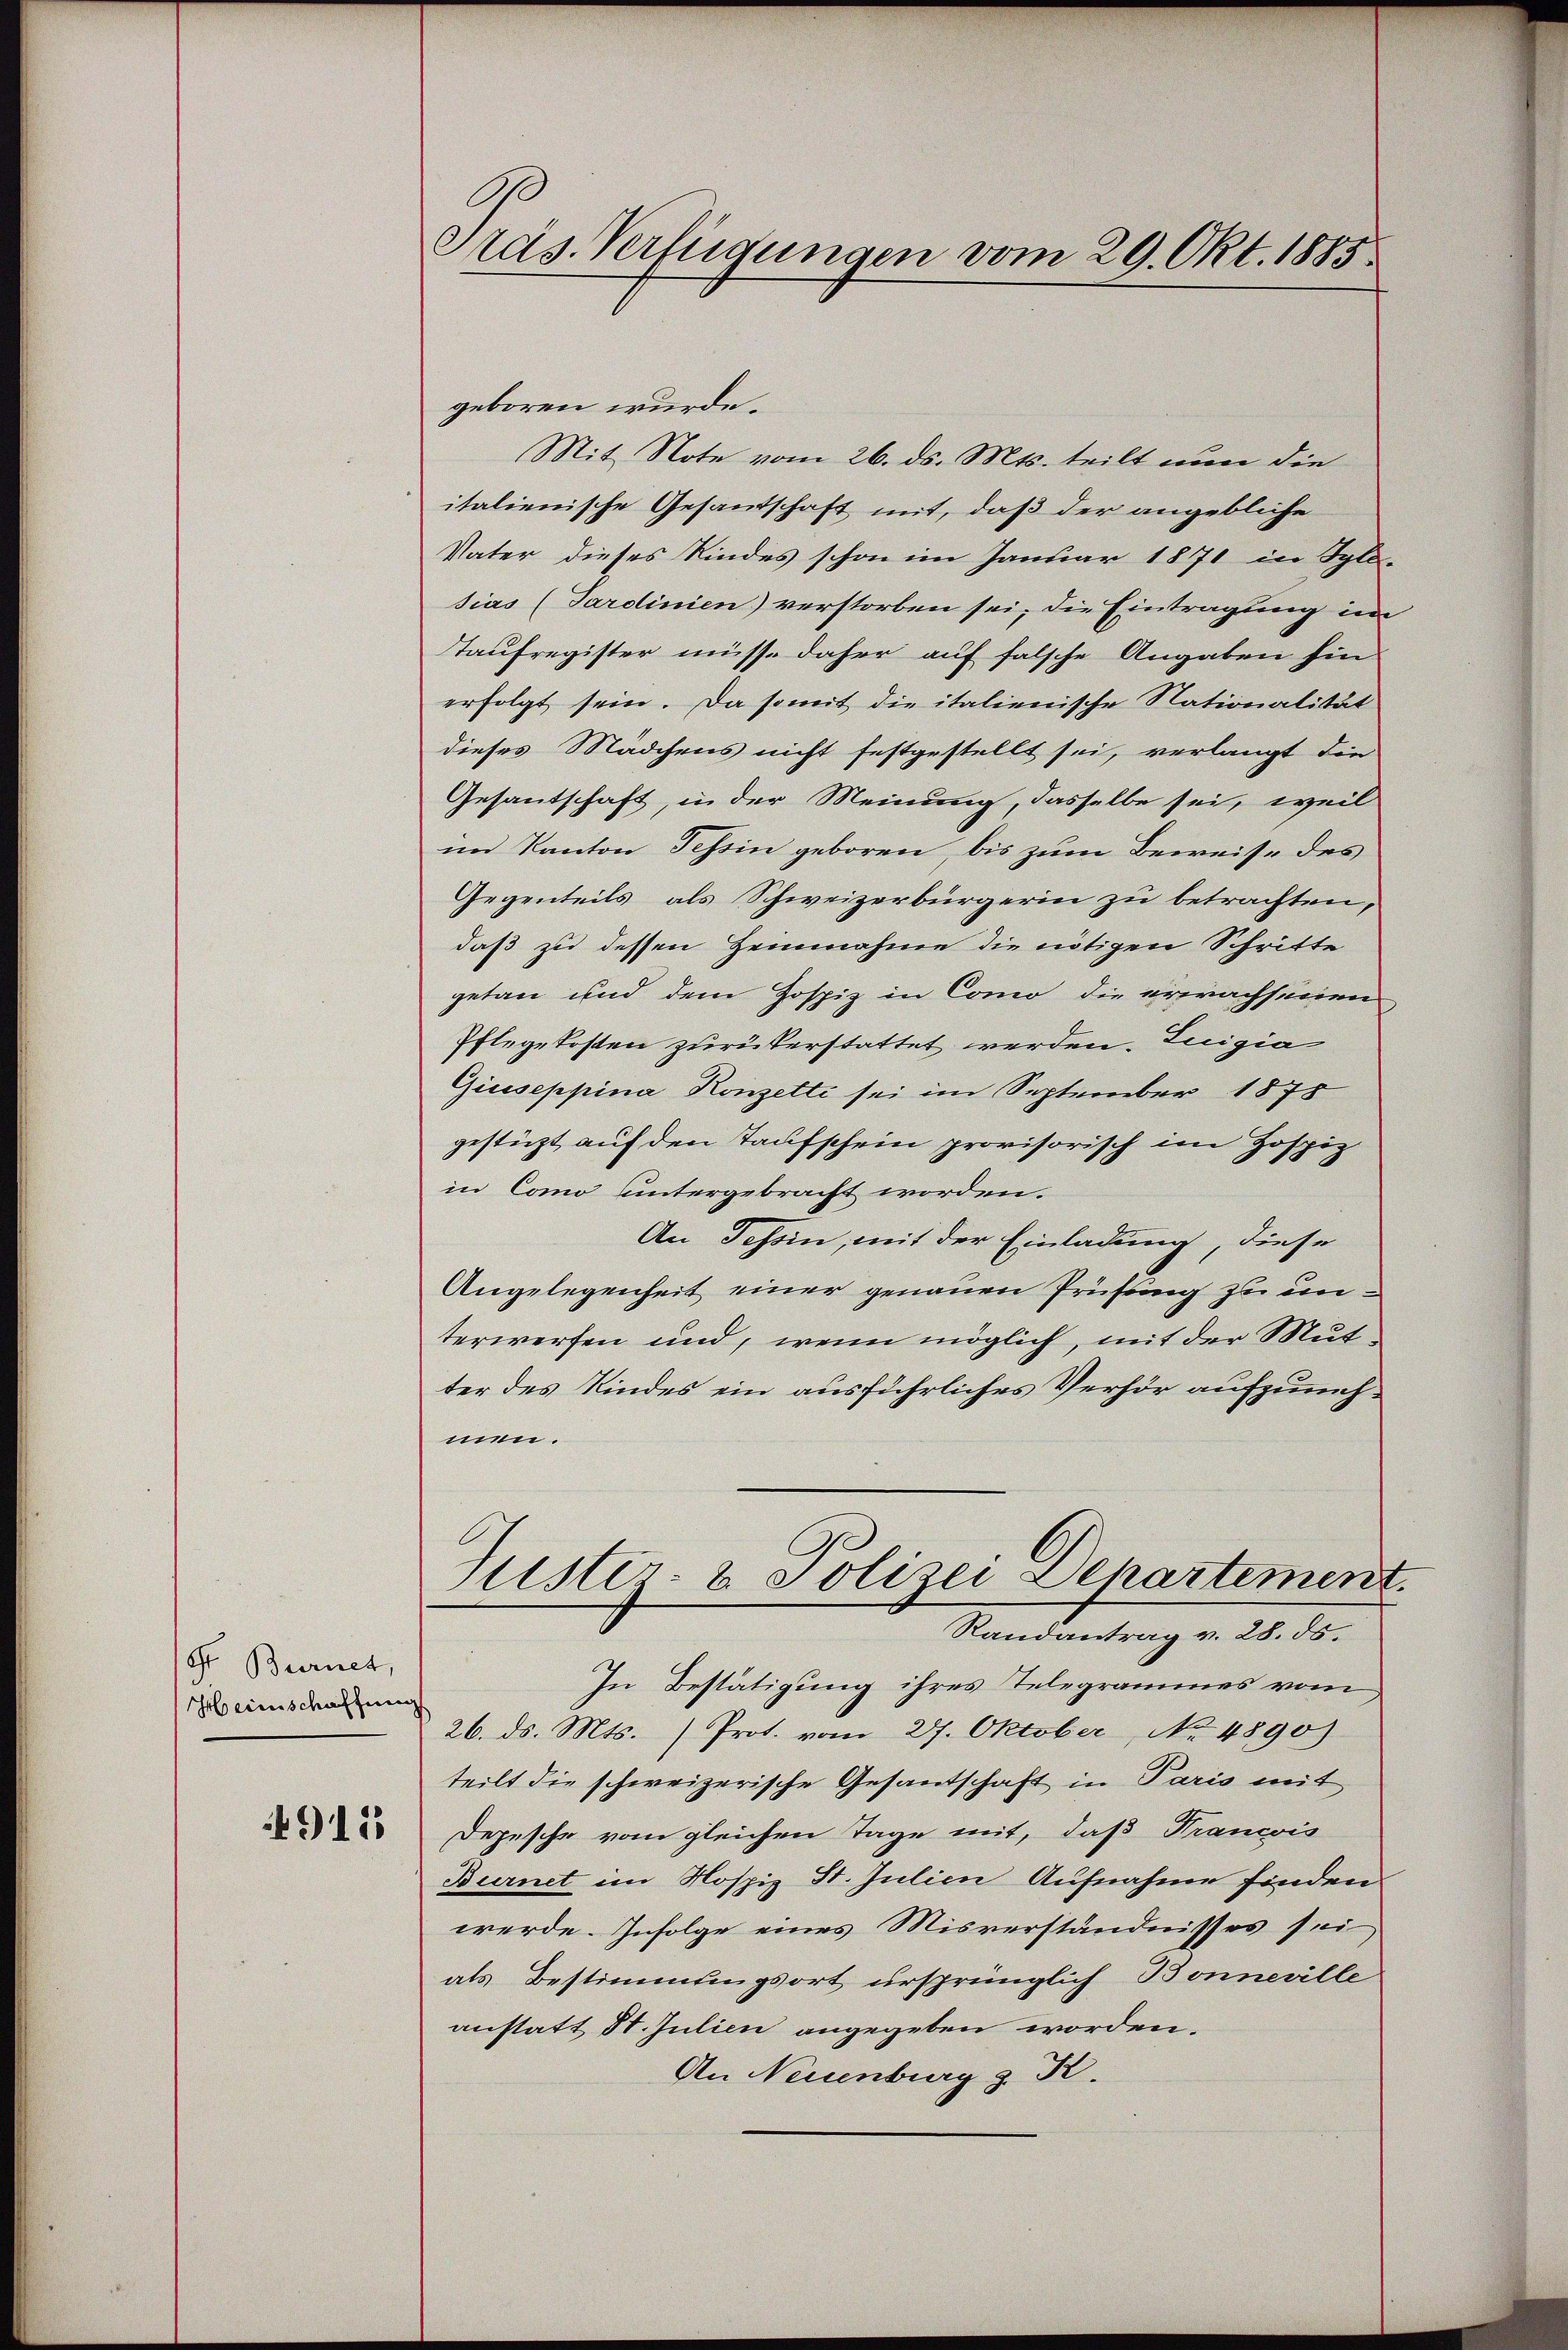
Gr. Burnet,
Heimschaffung

911

Präs. Verfügungen vom 29. Okt. 1885.

geboren wurde.
Mit Note vom 26. ds. Mts. teilt nun die
italienische Gesandtschaft mit, daß der angebliche
Vater dieses Kindes schon im Januar 1871 in Spla-
sias (Sardinien) verstorben sei, die Eintragung im
Taufregister müsse daher auf falsche Angaben hin
erfolgt sein. Da somit die italienische Nationalität
dieses Mädchens nicht festgestellt sei, verlangt die
Gesantschaft, in der Meinung, dasselbe sei, weil
im Kanton Tessin geboren, bis zum Beweise des
Gegenteils, als Schweizerbürgerin zu betrachten,
daß zu dessen Heinnahme die nötigen Schritte
getan und dem Hospiz in Como die erwachsenen
Pflegekosten zurükerstattet werden. Luigia
Giuseppina Konzetti sei im September 1878
gestüzt auf den Taufschein provisorisch im Hospiz
in Como untergebracht worden.
An Tessin, mit der Einladung, diese
Angelegenheit einer genauen Prüfung zu unterwerfen und, wenn möglich, mit der Mutter des Kindes ein ausführliches Verhör aufzunehmen.
Justiz- & Polizei Departement.
Randantrag v. 28. ds.
In Bestätigung ihres Telegrammes vom
26. ds. Mts. (Prot. vom 27. Oktober, No. 4890)
teilt die schweizerische Gesandtschaft in Paris mit
Depesche vom gleichen Tage mit, daß Francis
Burnet im Hospiz St. Julien Aufnahme finden
werde. Infolge eines Misverständnisses sei
als Bestimmungsort ursprünglich Bonneville
anstatt St. Julien angegeben worden.
An Neuenburg z. R.